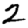
Digit: 2